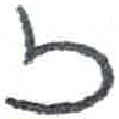
אות: ז